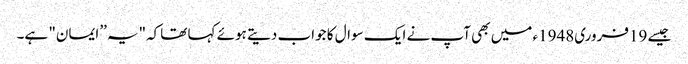
جیسے 19فروری1948ء میں بھی آپ نے ایک سوال کا جواب دیتے ہوئے کہا تھاکہ"یہ ’’ایمان" ہے۔